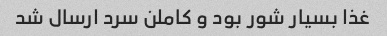
غذا بسیار شور بود و کاملن سرد ارسال شد